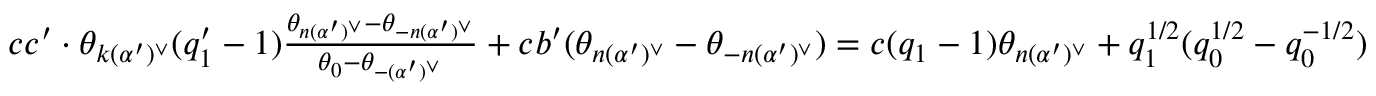
\begin{array} { r } { c c ^ { \prime } \cdot \theta _ { k ( \alpha ^ { \prime } ) ^ { \vee } } ( q _ { 1 } ^ { \prime } - 1 ) \frac { \theta _ { n ( \alpha ^ { \prime } ) ^ { \vee } } - \theta _ { - n ( \alpha ^ { \prime } ) ^ { \vee } } } { \theta _ { 0 } - \theta _ { - ( \alpha ^ { \prime } ) ^ { \vee } } } + c b ^ { \prime } ( \theta _ { n ( \alpha ^ { \prime } ) ^ { \vee } } - \theta _ { - n ( \alpha ^ { \prime } ) ^ { \vee } } ) = c ( q _ { 1 } - 1 ) \theta _ { n ( \alpha ^ { \prime } ) ^ { \vee } } + q _ { 1 } ^ { 1 / 2 } ( q _ { 0 } ^ { 1 / 2 } - q _ { 0 } ^ { - 1 / 2 } ) } \end{array}